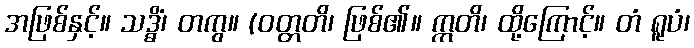
အဖြစ်နှင့်။ သဒ္ဓိံ၊ တကွ။ (ဝတ္တတိ၊ ဖြစ်၏။ ဣတိ၊ ထို့ကြောင့်။ တံ ရူပံ၊